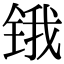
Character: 锇